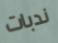
ندبات